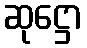
ဆုဋ္ဌော